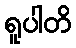
ရူပါတိ